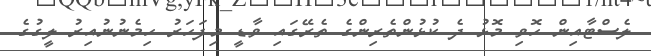
ލެސްޓާއިން ހޮވި މޮޅު ދެ ކުޅުންތެރިންގެ ތެރޭގައި ވާޑީ މިފަހަރު ހިމެނުނުއިރު ލީގުގެ